King Institute of Preventive Medicine Micro-Biological Section reports 1912-19
Year: 1912
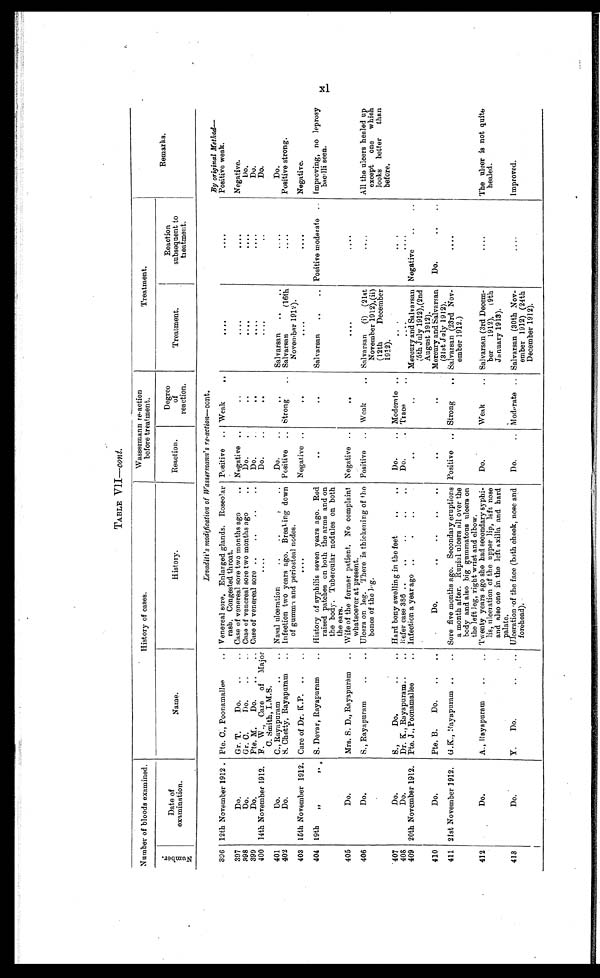
TABLE VII— cont .
Number of bloods examined.
History of cases.
Wassermann re-action
before treatment.
Treatment.
Remarks.
Number .
Date of
examination.
Name.
History.
Reaction.
Degree
of
reaction.
Treatment.
Reaction
subsequent to
treatment.
Levaditi's modification of Wassermann's re-action— cont.
396 12th November 1912 . Pte. C., Poonamallee . . .
Venereal sore. Enlarged glands. Roseolar
rash. Congested throat.
Positive . . . Weak . . .
. . .
. . .
By original Method
—
Positive weak.
397
Do.
Gr. T.
Do. . . .
Case of venereal sore two months ago . . .
Negative . . .
. . .
. . .
. . .
Negative.
398
Do.
Gr. C.
Do.
. . .
Case of venereal sore two months ago . . .
D o . . . .
. . .
. . .
. . . D o .
399
Do.
Pte. M.
Do. . . .
Case of venereal sore . . .
D o . . . .
. . .
. . .
. . .
Do.
400 14th November 1912.
F. W., Care of Major
C. Smith, I.M.S.
. . .
Do. . . .
. . .
. . .
. . .
Do .
401
Do.
C., Rayapuram . . .
Nasal ulceration. . .
Do. . . .
. . .
Salvarsan . . .
. . . Do.
402
Do.
S. Chetty, Rayapuram . . .
Infection two years ago. Breaking down
of gumma and periosteal nodes.
Positive . . . Strong
. . . Salvarsan (16th
November 1912).
. . .
Positive strong.
403 15th November 1912. Care of Dr. K.P.
. . .
. . .
Negative . . .
. . .
. . .
. . .
Negative.
404 19th
„
„
S. Devar, Rayapuram . . .
History of syphilis seven years ago. Red
raised patches on both the arms and on
the body. Tubercular nodules on both
the ears.
. . .
. . .
Salvarsan
. . . Positive moderate . . .
Improving, no leprosy
bac[illegible]lli seen.
405
Do.
Mrs. S. D., Rayapuram
. . . Wife of the former patient. No complaint
whatsoever at present.
Negative. . .
. . .
. . .
. . .
406
Do.
S., Rayapuram . . .
Ulcers on leg. There is thickening of the
bones of the leg.
Positive . . . Weak . . .
Salvarsan (i) (21st
November 1912),(ii)
(12th
December
1912).
. . .
All the ulcers healed up
except
one
which
looks better
than
before.
407
Do.
S.,
Do. . . .
Hard bony swelling in the feet . . .
Do. . . .
Moderate. . .
. . .
. . .
408
Do.
Dr. K., Rayapuram . . .
Refer case 386 . . .
D o . . . .
Tr ace . . .
. . .
. . .
409
2 0 t h N o v e m b e r 1 9 1 2 . Pte. J., Poonamallee . . .
Infection a year ago
. . .
. . .
. . .
Mercury and Salvarsan
(5th July 1912),(2nd
August 1912).
Negative . . .
410
Do.
Pte. B.
Do. . . .
Do.
. . .
. . .
. . .
Mercury and Salvarsan
(31st July 1912).
Do.
. . .
411 21st November 1912. G.K., Rayapuram . . .
Sore five months ago. Secondary eruptions
a month after. Rupial ulcers all over the
body and also big gummatous ulcers on
the left leg, right wrist and elbow.
Positive . . . Strong . . .
Salvarsan (23rd Nov-
ember 1912.)
. . .
412
Do.
A., Rayapuram
. . .
Twenty years ago she had secondary syphi-
lis, ulceration of the upper lip, left nose
and also one in the left axilla and hard
palate.
Do.
Weak
. . . Salvarsan (3rd Decem-
ber
1912),
(9th
Ja nuary 1913).
. . .
The ulcer is not quite
healed.
413
Do.
Y.
Do. . . .
Ulceration of the face (both cheek, nose and
forehead).
Do.
. . . Moderate. . .
Salvarsan (30th Nov-
ember 1912) (24th
December 1912).
. . .
Improved.